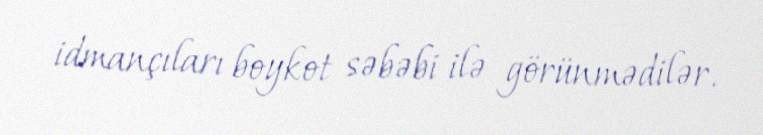
idmançıları boykot səbəbi ilə görünmədilər.